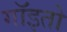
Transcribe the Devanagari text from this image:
गॉइतो